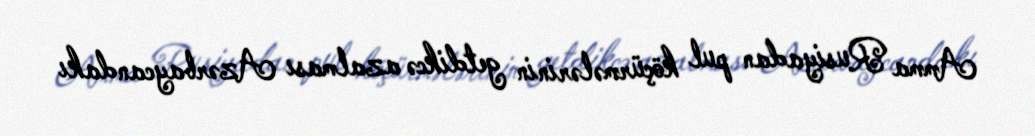
Amma Rusiyadan pul köçürmələrinin getdikcə azalması Azərbaycandakı